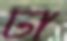
ঢা